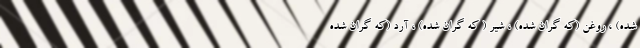
شده) ، روغن (که گران شده) ، شیر ( که گران شده) ، آرد (که گران شده